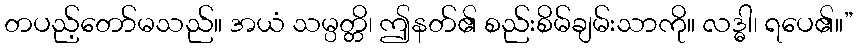
တပည့်တော်မသည်။ အယံ သမ္ပတ္တိ၊ ဤနတ်၏ စည်းစိမ်ချမ်းသာကို။ လဒ္ဓါ၊ ရပေ၏။”